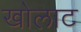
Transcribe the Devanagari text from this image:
खोलाट